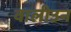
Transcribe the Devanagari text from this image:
वालीउन